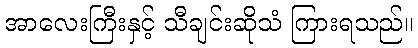
အာလေးကြီးနှင့် သီချင်းဆိုသံ ကြားရသည်။